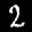
Label: 2